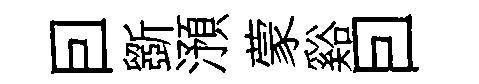
囙斵澦蒙谿囙